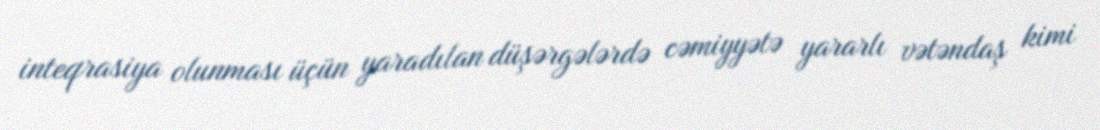
inteqrasiya olunması üçün yaradılan düşərgələrdə cəmiyyətə yararlı vətəndaş kimi